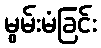
မွမ်းမံခြင်း